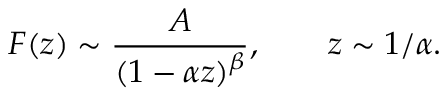
F ( z ) \sim { \frac { A } { ( 1 - \alpha z ) ^ { \beta } } } , \qquad z \sim 1 / \alpha .